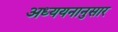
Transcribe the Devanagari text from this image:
अध्ययनानुसार